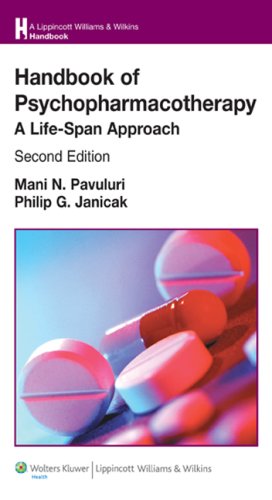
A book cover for Handbook of Psychopharmacotherapy: A Life-Span Approach (Lippincott Williams & Wilkins Handbook Series); Mani N. Pavuluri MD  PhD; Medical Books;